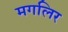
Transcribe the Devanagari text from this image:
मगलिर